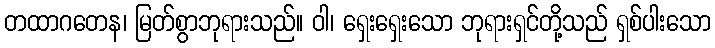
တထာဂတေန၊ မြတ်စွာဘုရားသည်။ ဝါ၊ ရှေးရှေးသော ဘုရားရှင်တို့သည် ရှစ်ပါးသော